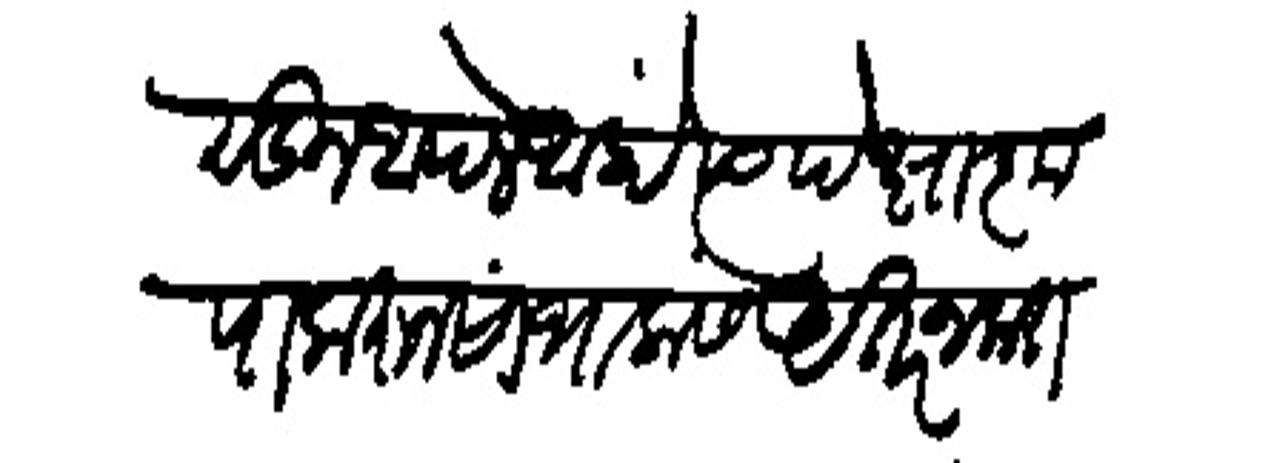
Transliteration (Devanagari): सन आपले आहों त्यापेक्षा कृपा करून सांभालास अतर न करा